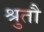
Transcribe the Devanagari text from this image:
श्रुतौ